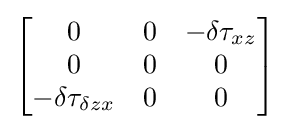
\left[{\begin{matrix}0&0&{-\delta \tau _{xz}}\\0&0&0\\-\delta {\tau }_{\delta {zx}}&0&0\\\end{matrix}}\right]